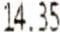
14.35